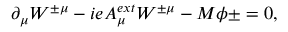
\partial _ { \mu } W ^ { \pm \mu } - i e A _ { \mu } ^ { e x t } W ^ { \pm \mu } - M \phi { \pm } = 0 ,